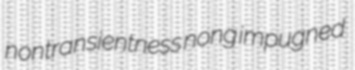
nontransientness nong impugned